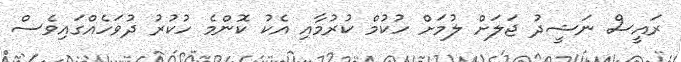
ރައީސް ނަޝީދު ޖަލަށް ލުމަށް ހުކުމް ކުރުމާއި އެކު ކޮންމެ ހުކުރު ދުވަހެއްގައިވެސް